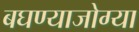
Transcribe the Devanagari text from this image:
बघण्याजोग्या